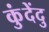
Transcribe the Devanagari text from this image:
कुंदेंदु